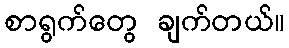
စာရွက်တွေ ချက်တယ်။